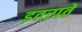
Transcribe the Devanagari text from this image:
इतराते